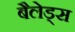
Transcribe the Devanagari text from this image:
बैलेड्स